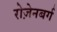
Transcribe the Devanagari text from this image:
रोज़ेनबर्ग